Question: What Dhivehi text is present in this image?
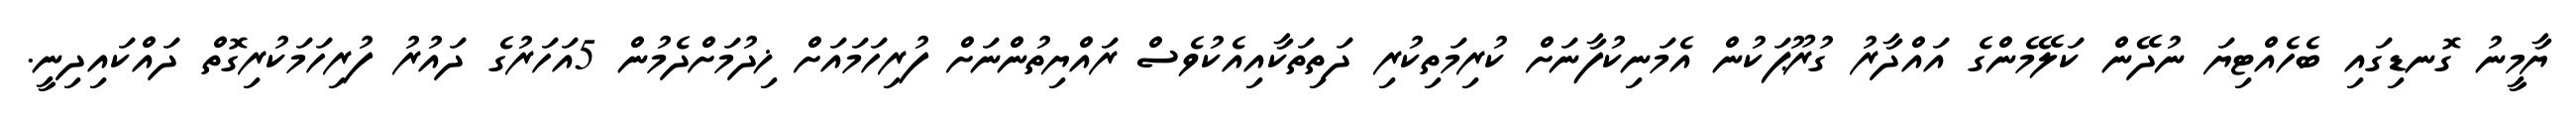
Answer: ޔާމީނު ގޮނޑިގައި ބެހެއްޓިޔަ ނުދޭން ކަލޭމެންގެ އައްދާރު ގުރޫޕަކުން އެމަނިކުފާނަށް ކުރިމަތިކުރި ދަތިތަކާއިއެކުވެސް ރައްޔިތުންނަށް ފުރިހަމައަށް ޚިދުމަށްދެމުން 5އަހަރުގެ ދައުރު ފުރިހަމަކުރިގޮތް ދައްކައިދިނީ.